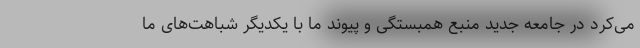
می‌کرد در جامعه جدید منبع همبستگی و پیوند ما با یکدیگر شباهت‌های ما